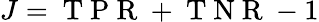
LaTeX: J=\mathrm{~T~P~R~}+\mathrm{~T~N~R~}-1